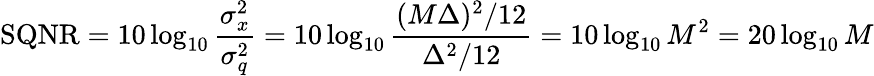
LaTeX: \mathrm{{SQNR}}=10\log_{10}{\frac{\sigma_{x}^{2}}{\sigma_{q}^{2}}}=10\log_{10}{\frac{(M\Delta)^{2}/12}{\Delta^{2}/12}}=10\log_{10}M^{2}=20\log_{10}M